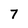
Character: 7